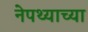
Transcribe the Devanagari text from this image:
नेपथ्याच्या